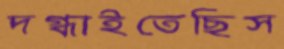
দগ্ধাইতেছিস